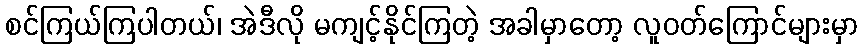
စင်ကြယ်ကြပါတယ်၊ အဲဒီလို မကျင့်နိုင်ကြတဲ့ အခါမှာတော့ လူဝတ်ကြောင်များမှာ